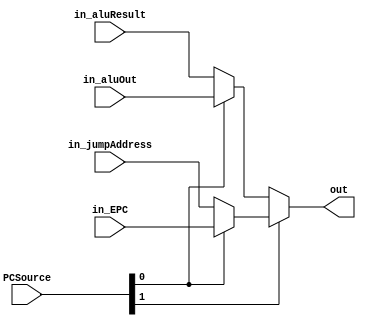
module MuxPCSource(PCSource, in_aluResult, in_aluOut, in_jumpAddress, in_EPC, out);
												
	input [1:0] PCSource;
	input [31:0] in_aluResult;
	input [31:0] in_aluOut;
	input [31:0] in_jumpAddress;
	input [31:0] in_EPC;
	
	output [31:0] out;
	
	assign out = PCSource[1] ? (PCSource[0] ? in_EPC : in_jumpAddress) : (PCSource[0] ? in_aluOut : in_aluResult);
	
endmodule